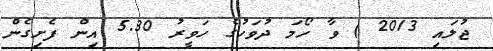
ޖުލައި 2013 ) ވާ ހޯމަ ދުވަހުގެ ހަވީރު 5.30 އިން ފެށިގެން